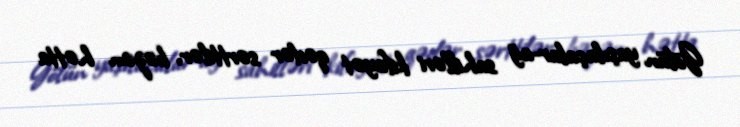
Gölün yaşılaçalar-ağ sahilləri kifayət qədər sərttilər, bəzən hətta